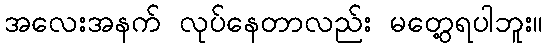
အလေးအနက် လုပ်နေတာလည်း မတွေ့ရပါဘူး။